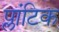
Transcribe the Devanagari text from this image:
प्लांटिक